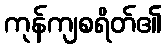
ကုန်ကျစရိတ်၏